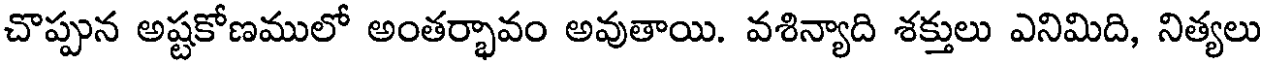
చొప్పున అష్టకోణములో అంతర్భావం అవుతాయి. వశిన్యాది శక్తులు ఎనిమిది, నిత్యలు